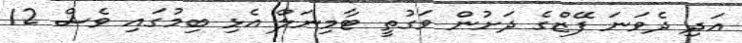
އަދި ދެވަނަ ފޭޒްގެ ދަށުން ވަގުތީ ޓާމިނަލް އެޅި ބިމުގައި ވެސް 12